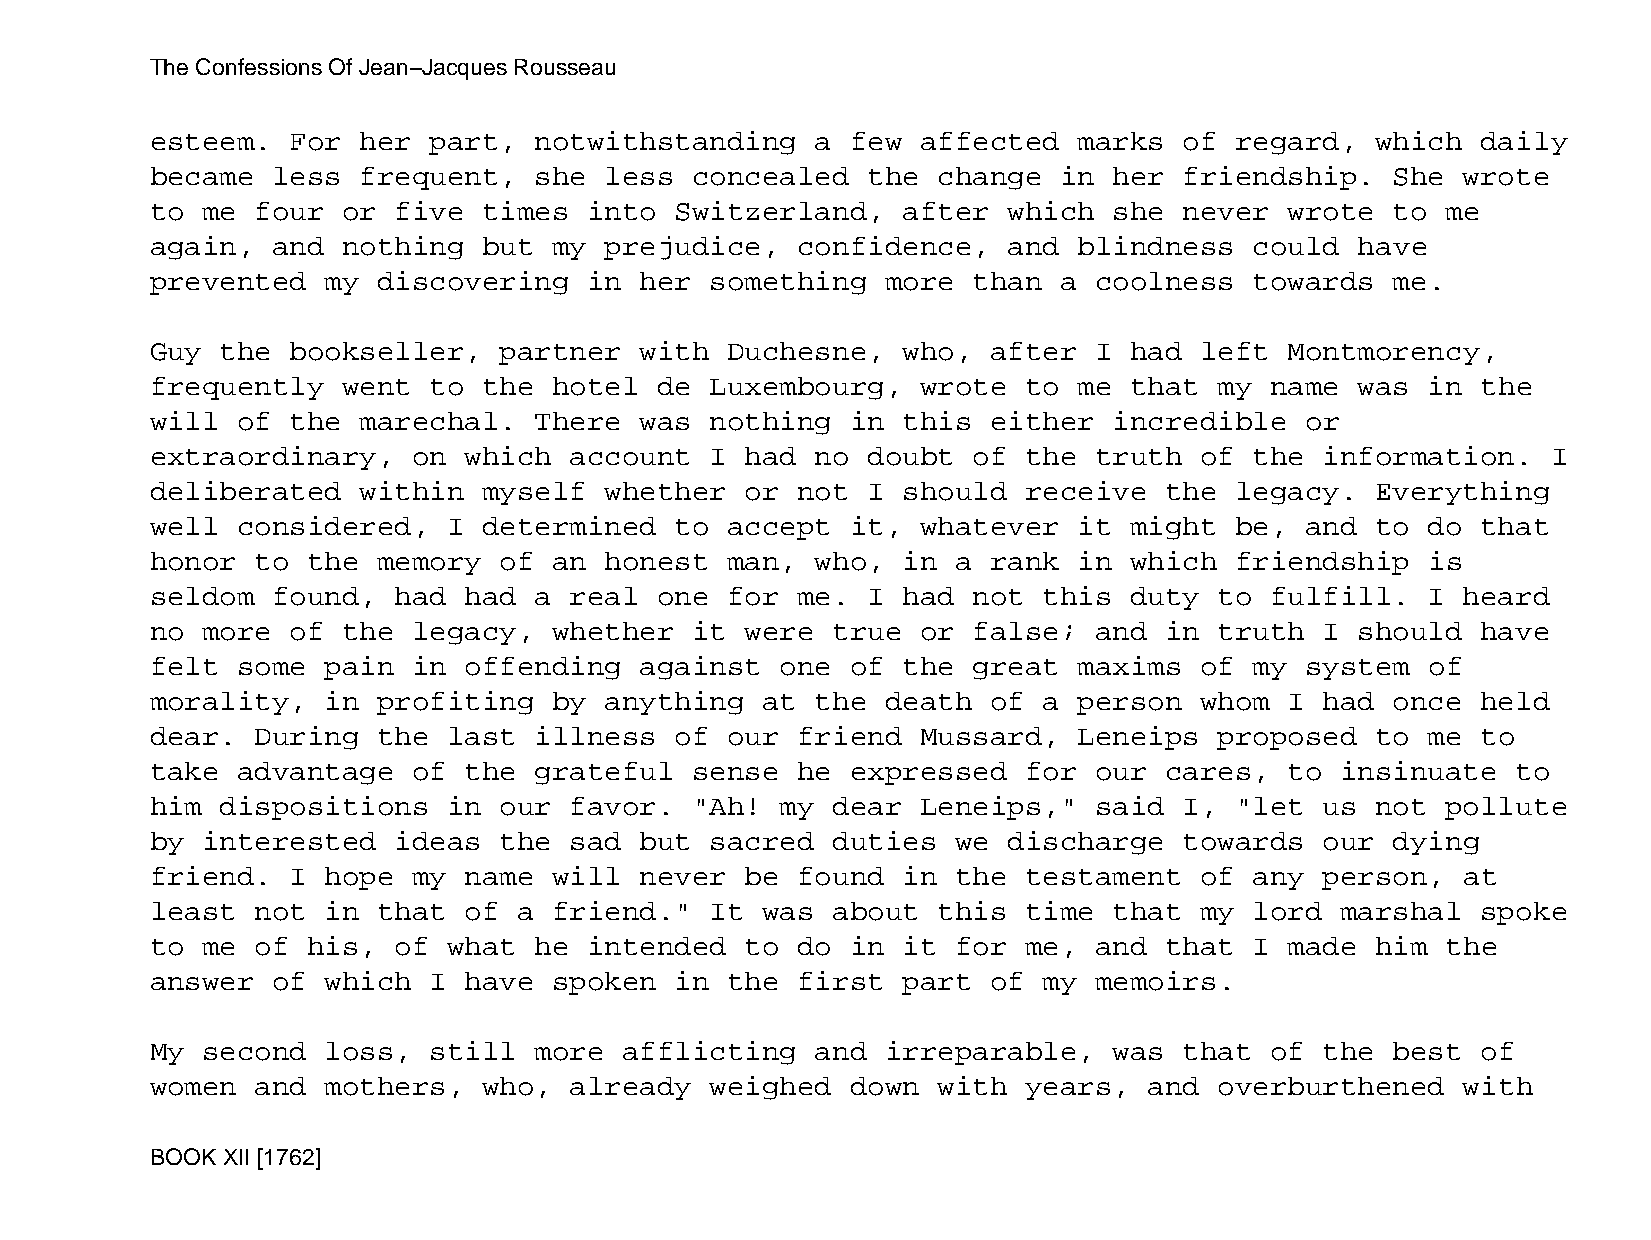
The Confessions Of Jean−Jacques Rousseau
 esteem.  For  her part,  notwithstanding    a few  affected  marks  of  regard,  which  daily
 became  less  frequent,  she  less  concealed  the  change  in  her friendship.   She  wrote
 to me  four  or five  times  into  Switzerland,   after  which  she never  wrote  to  me
 again,  and  nothing  but  my prejudice,   confidence,   and blindness   could  have
 prevented   my discovering   in her  something   more than  a coolness   towards  me.
 Guy  the bookseller,   partner  with  Duchesne,   who,  after I  had left  Montmorency,
 frequently   went to  the  hotel  de Luxembourg,   wrote  to me  that  my name  was  in the
 will  of the  marechal.  There  was  nothing  in  this  either  incredible  or
 extraordinary,   on  which  account  I had  no doubt  of  the truth  of  the  information.   I
 deliberated   within  myself  whether  or  not I  should  receive  the  legacy.  Everything
 well  considered,   I determined   to accept  it,  whatever  it  might  be, and  to  do that
 honor  to the  memory  of  an honest  man,  who,  in a  rank in  which  friendship   is
 seldom  found,  had  had a  real  one for  me. I  had not  this  duty  to fulfill.   I heard
 no more  of  the legacy,   whether  it were  true  or false;  and  in  truth  I should  have
 felt  some  pain in  offending  against   one of  the great  maxims  of  my system   of
 morality,   in profiting   by anything  at  the  death  of a person  whom  I  had once  held
 dear.  During  the  last illness   of our  friend  Mussard,  Leneips   proposed  to  me to
 take  advantage  of  the grateful   sense  he expressed   for our  cares,  to  insinuate  to
 him  dispositions   in our  favor.  "Ah!  my dear  Leneips,"  said  I,  "let  us not  pollute
 by interested   ideas  the  sad but  sacred  duties  we  discharge  towards   our dying
 friend.  I  hope my  name  will never  be  found  in the  testament  of  any  person,  at
 least  not  in that  of a  friend."  It was  about  this  time  that my  lord  marshal  spoke
 to me  of his,  of  what he  intended  to  do in  it for  me, and  that  I made  him  the
 answer  of  which I  have  spoken  in the  first  part  of my memoirs.
 My second   loss, still  more  afflicting   and  irreparable,   was that  of  the best  of
 women  and  mothers,  who,  already  weighed  down  with  years,  and  overburthened   with
 BOOK XII [1762]